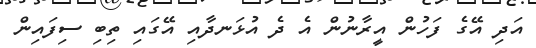
އަދި އޭގެ ފަހުން އީރާނުން އެ ދެ އުޅަނދާއި އޭގައި ތިބި ސިފައިން